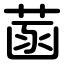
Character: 菡